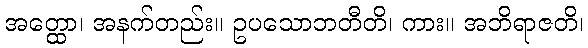
အတ္ထော၊ အနက်တည်း။ ဥပသောဘတီတိ၊ ကား။ အဘိရာဇတိ၊